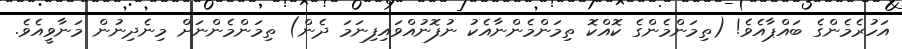
އަހުރެމެންގެ ބައްޕާއެވެ! (ތިމަންމެންގެ ކޮއްކޮ ތިމަންމެންނާއެކު ނުފޮނުއްވައިފިނަމަ ދެން) ތިމަންމެންނަށް މިނެދިނުން މަނާވީއެވެ.